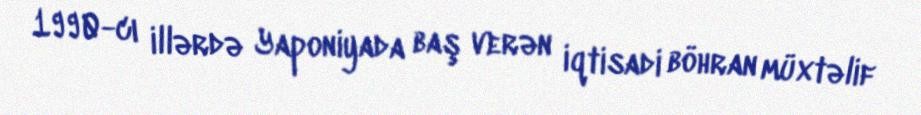
1990-cı illərdə Yaponiyada baş verən iqtisadi böhran müxtəlif